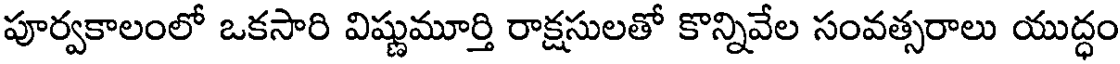
పూర్వకాలంలో ఒకసారి విష్ణుమూర్తి రాక్షసులతో కొన్నివేల సంవత్సరాలు యుద్ధం